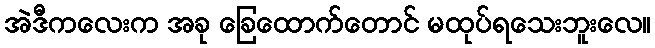
အဲဒီကလေးက အခု ခြေထောက်တောင် မထုပ်ရသေးဘူးလေ။